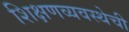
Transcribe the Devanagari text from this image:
शिक्षणव्यवस्थेची